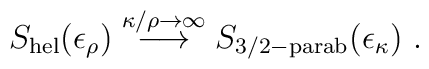
S_{\rm hel}(\epsilon _{\rho})\stackrel{\kappa/\rho\rightarrow \infty} {\longrightarrow} S_{\rm 3/2-parab}(\epsilon _{\kappa})~.